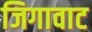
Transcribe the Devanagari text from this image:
जिगावाट